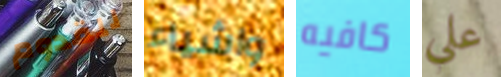
للقدوم واشياء كافيه علي